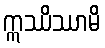
ဣဿိဿာမိ